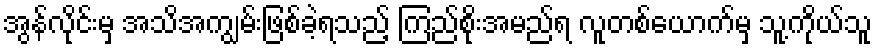
အွန်လိုင်းမှ အသိအကျွမ်းဖြစ်ခဲ့ရသည့် ကြည်စိုးအမည်ရ လူတစ်ယောက်မှ သူ့ကိုယ်သူ